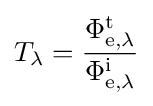
T_{\lambda }={\frac {\Phi _{\mathrm {e} ,\lambda }^{\mathrm {t} }}{\Phi _{\mathrm {e} ,\lambda }^{\mathrm {i} }}}